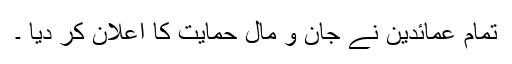
تمام عمائدین نے جان و مال حمایت کا اعلان کر دیا ۔